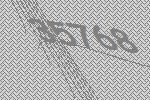
35768